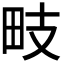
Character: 𭻁